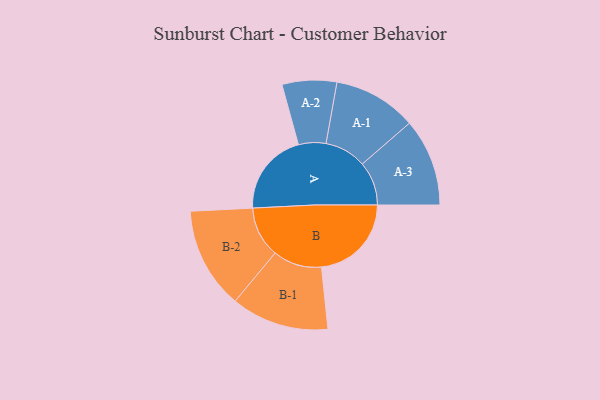
{"axis": {"x": "Segment", "y": "Value"}, "legend": ["", "A", "B"], "data": [{"x": "A", "y": 392, "type": ""}, {"x": "B", "y": 425, "type": ""}, {"x": "A-1", "y": 197, "type": "A"}, {"x": "A-2", "y": 129, "type": "A"}, {"x": "A-3", "y": 207, "type": "A"}, {"x": "B-1", "y": 231, "type": "B"}, {"x": "B-2", "y": 240, "type": "B"}]}